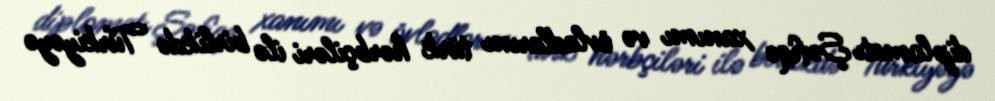
diplomatı Şəfiqə xanımı və övladlarını türk hərbçiləri ilə birlikdə Türkiyəyə